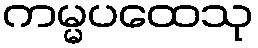
ကမ္မပထေသု